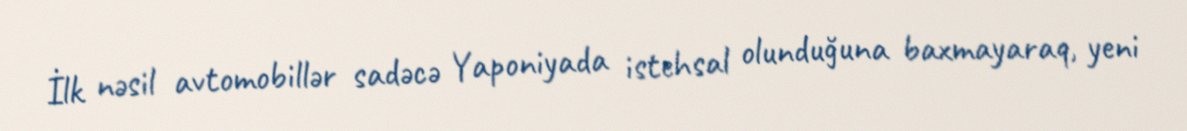
İlk nəsil avtomobillər sadəcə Yaponiyada istehsal olunduğuna baxmayaraq, yeni